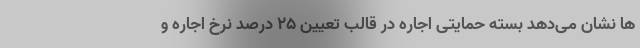
ها نشان می‌دهد بسته حمایتی اجاره در قالب تعیین ۲۵ درصد نرخ اجاره و